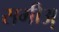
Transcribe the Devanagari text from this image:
समीअ़